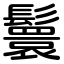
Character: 鬟